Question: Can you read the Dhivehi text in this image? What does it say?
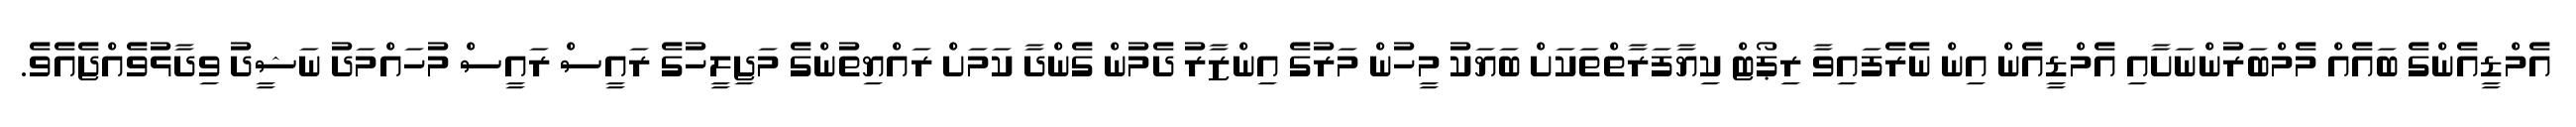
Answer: އެމްޑީއެންގެ ބައެއް މެމްބަރުންނަށާއި އެމްޑީއެން އިން ނެރެފައިވާ ރިޕޯޓް ކިޔާފަރާތްތަކަށް ބަޔަކު މީހުން މަރުގެ އިންޒާރު ދެމުން ގެންދާ ކަމަށް ރައްޔިތުންގެ މަޖިލީހުގެ ރައީސް ރައީސް މުހައްމަދު ނަޝީދު ވިދާޅުވެއްޖެއެވެ.